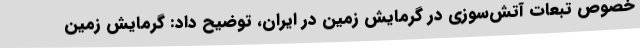
خصوص تبعات آتش‌سوزی در گرمایش زمین در ایران، توضیح داد: گرمایش زمین